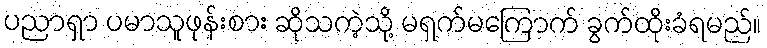
ပညာရှာ ပမာသူဖုန်းစား ဆိုသကဲ့သို့ မရှက်မကြောက် ခွက်ထိုးခံရမည်။